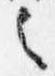
之